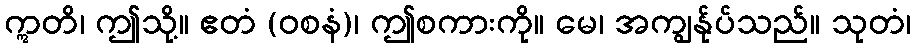
ဣတိ၊ ဤသို့။ ဧတံ (ဝစနံ)၊ ဤစကားကို။ မေ၊ အကျွန်ုပ်သည်။ သုတံ၊